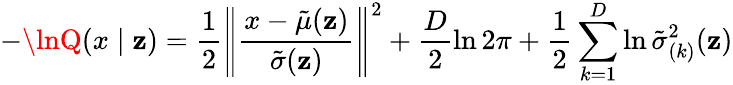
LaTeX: -\lnQ(x\mid\mathbf{z})=\frac{{1}}{{2}}\left\| \frac{{x-{\tilde{{\mu}}}(\mathbf{z})}}{{{\tilde{{\sigma}}}(\mathbf{z})}}\right\| ^{2}+\frac{{D}}{{2}}\ln2\pi+\frac{{1}}{{2}}\sum_{k=1}^{D}\ln{\tilde{{\sigma}}}_{(k)}^{2}(\mathbf{z})